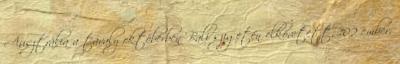
Ausztrália a tavaly októberben Bali szigetén elkövetett, 102 ember,